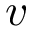
\boldsymbol { v }